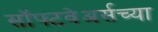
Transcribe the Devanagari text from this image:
सॉफ्टवेअर्सच्या